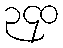
၃၄၀